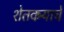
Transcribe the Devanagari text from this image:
शेतकर्‍याचे